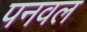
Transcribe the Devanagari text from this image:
पनवल